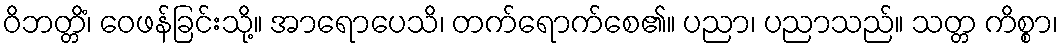
ဝိဘတ္တိံ၊ ဝေဖန်ခြင်းသို့။ အာရောပေသိ၊ တက်ရောက်စေ၏။ ပညာ၊ ပညာသည်။ သတ္တ ကိစ္စာ၊